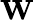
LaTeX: \textrm{\textbf{W}}